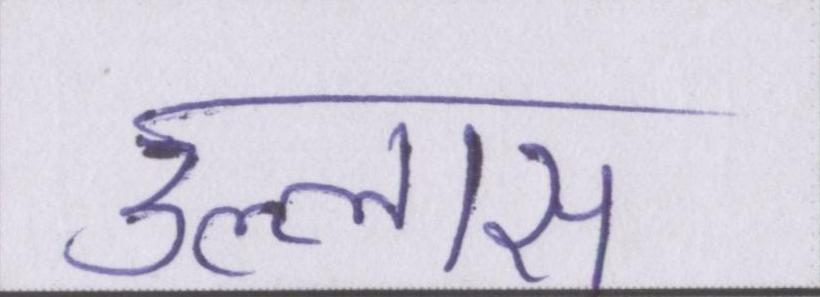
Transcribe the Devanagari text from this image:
उल्लास